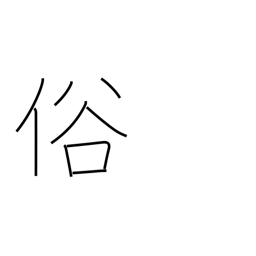
Meaning: manners